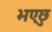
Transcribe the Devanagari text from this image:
भएछु